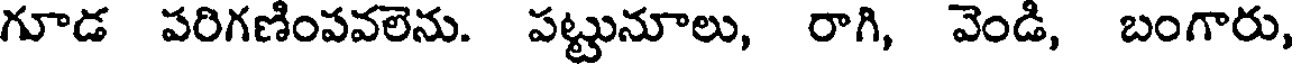
గూడ పరిగణింపవలెను. పట్టునూలు, రాగి, వెండి, బంగారు,